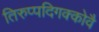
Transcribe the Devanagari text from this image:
तिरुप्पदिगक्कोवै